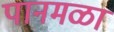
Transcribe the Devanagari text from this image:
पानमळा